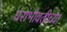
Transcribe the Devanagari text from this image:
घरांभोवतीच्या